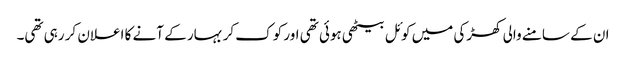
ان کے سامنے والی کھڑکی میں کوئل بیٹھی ہوئی تھی اور کوک کر بہار کے آنے کا اعلان کر رہی تھی۔